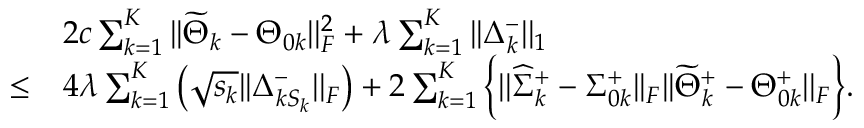
\begin{array} { r l } & { 2 c \sum _ { k = 1 } ^ { K } | | \widetilde { \Theta } _ { k } - \Theta _ { 0 k } | | _ { F } ^ { 2 } + \lambda \sum _ { k = 1 } ^ { K } | | \Delta _ { k } ^ { - } | | _ { 1 } } \\ { \leq } & { 4 \lambda \sum _ { k = 1 } ^ { K } \left( \sqrt { s _ { k } } | | \Delta _ { k S _ { k } } ^ { - } | | _ { F } \right) + 2 \sum _ { k = 1 } ^ { K } \Big \{ | | \widehat { \Sigma } _ { k } ^ { + } - \Sigma _ { 0 k } ^ { + } | | _ { F } | | \widetilde { \Theta } _ { k } ^ { + } - \Theta _ { 0 k } ^ { + } | | _ { F } \Big \} . } \end{array}